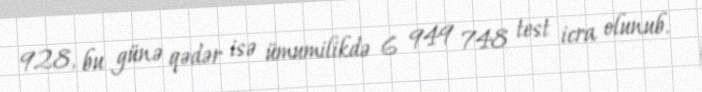
928, bu günə qədər isə ümumilikdə 6 949 748 test icra olunub.